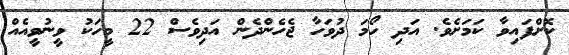
ކޮށްފައިވާ ކަމަށެވެ. އަދި ހޯމަ ދުވަހާ ޖެހެންދެން އަދިވެސް 22 މީހަކު ވީނުވީއެއް